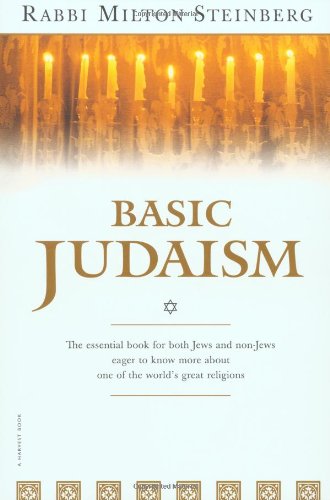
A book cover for Basic Judaism (Harvest Book.); Milton Steinberg; Religion & Spirituality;